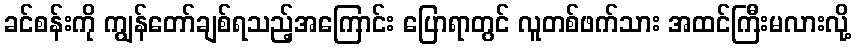
ခင်စန်းကို ကျွန်တော်ချစ်ရသည့်အကြောင်း ပြောရာတွင် လူတစ်ဖက်သား အထင်ကြီးမလားလို့